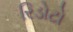
રિડોટો